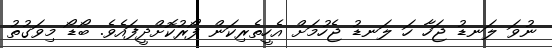
ނުވަ ލަނޑު ޖަހާ ހަ ލަނޑު ޖެހުމަށް އެހީތެރިކަން ފޯރުކޮށްދީފައެވެ. ބޯޑޯ މިވަގުތު